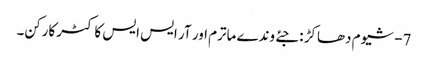
7- شیوم دھاکڑ : جئے وندے ماترم اور آر ایس ایس کا کٹر کارکن۔